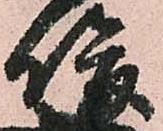
俊